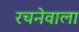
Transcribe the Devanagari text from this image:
रचनेवाला